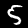
Digit: 5